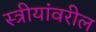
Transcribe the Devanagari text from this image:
स्त्रीयांवरील